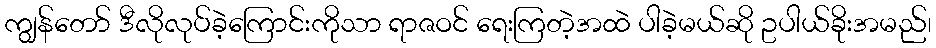
ကျွန်တော် ဒီလိုလုပ်ခဲ့ကြောင်းကိုသာ ရာဇဝင် ရေးကြတဲ့အထဲ ပါခဲ့မယ်ဆို ဥပါယ်ခိုးအမည်၊